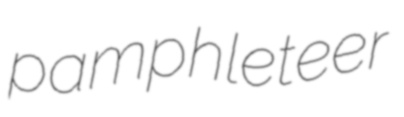
pamphleteer